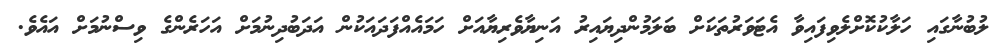
ލުބުނާގައި ހަލާކުކޮށްލެވިފައިވާ އެޓަވަރުތަކަށް ބަލަމުންދިޔައިރު އަނިޔާވެރިޔާއަށް ހަމައެއްފަދައަކުން އަދަބުދިނުމަށް އަހަރެންގެ ވިސްނުމަށް އައެވެ.